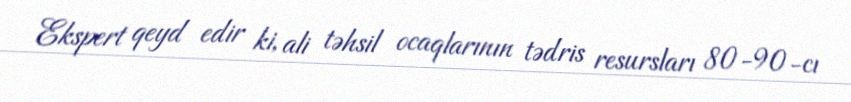
Ekspert qeyd edir ki, ali təhsil ocaqlarının tədris resursları 80-90-cı